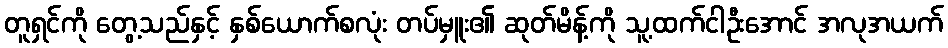
တူရှင်ကို တွေ့သည်နှင့် နှစ်ယောက်စလုံး တပ်မှူး၏ ဆုတ်မိန့်ကို သူ့ထက်ငါဦးအောင် အလုအယက်